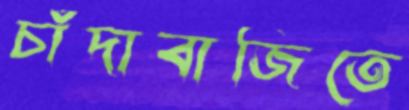
চাঁদাবাজিতে